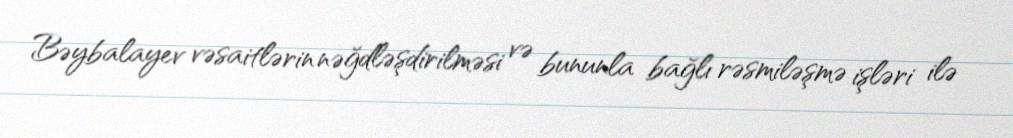
Bəybalayev vəsaitlərin nəğdləşdirilməsi və bununla bağlı rəsmiləşmə işləri ilə